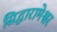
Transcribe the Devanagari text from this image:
सिद्धारामेश्वर